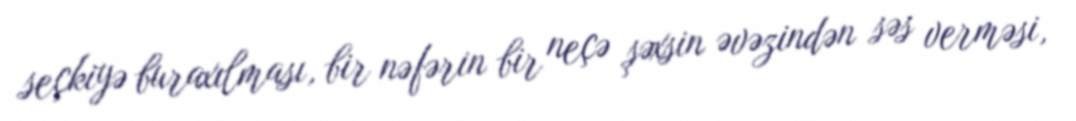
seçkiyə buraxılması, bir nəfərin bir neçə şəxsin əvəzindən səs verməsi,